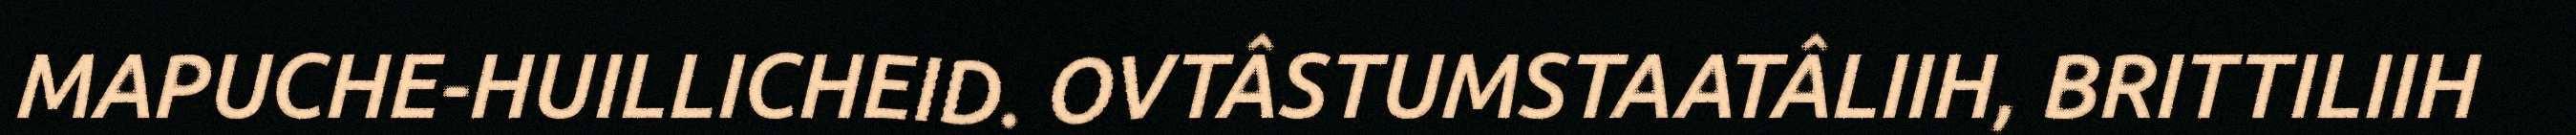
MAPUCHE-HUILLICHEID. OVTÂSTUMSTAATÂLIIH, BRITTILIIH